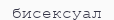
бисексуал